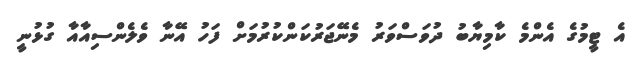
އެ ޓީމުގެ އެންމެ ކާމިޔާބު ދުވަސްވަރު މެނޭޖަރުކަންކުރުމަށް ފަހު އޭނާ ވެލެންސިއާއާ ގުޅުނީ